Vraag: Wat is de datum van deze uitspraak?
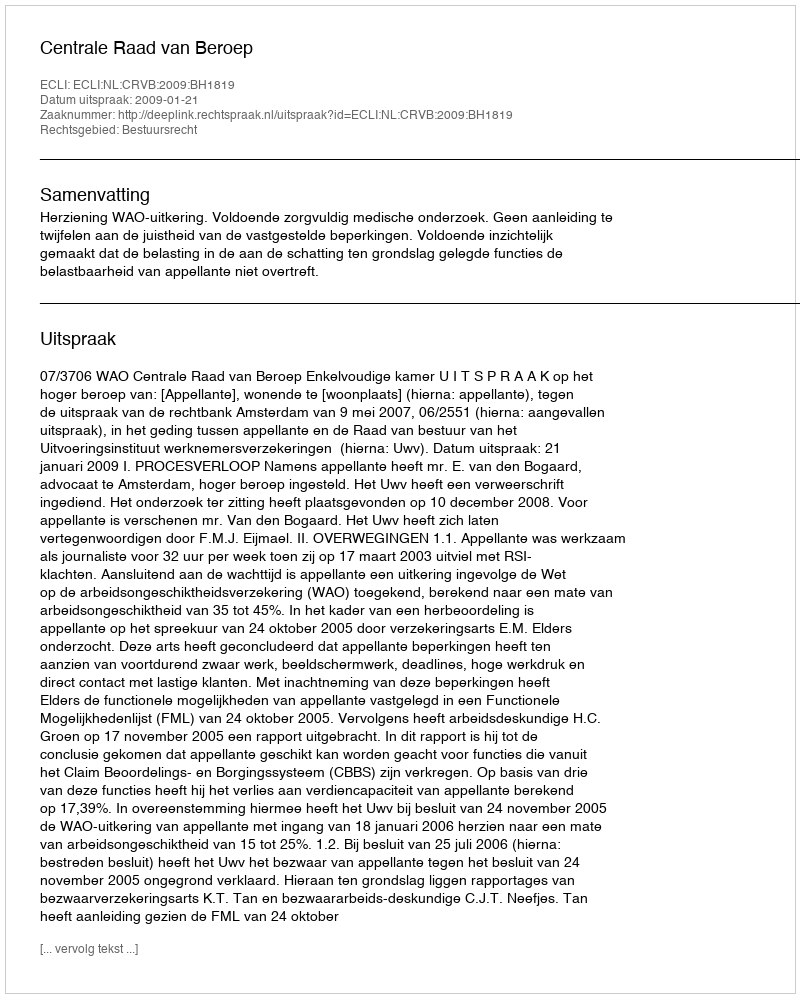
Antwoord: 2009-01-21